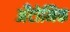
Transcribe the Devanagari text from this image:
अँटोमिक